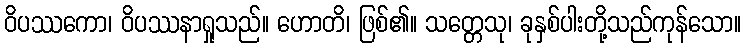
ဝိပဿကော၊ ဝိပဿနာရှုသည်။ ဟောတိ၊ ဖြစ်၏။ သတ္တေသု၊ ခုနှစ်ပါးတို့သည်ကုန်သော။